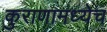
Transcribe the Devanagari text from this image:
कुराणामध्येच